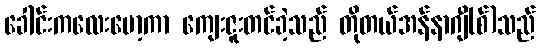
ခေါင်းကလေးမော့ကာ ကျေးဇူးတင်ခဲ့သည် တိုတယ်အန်နာဂျီ(စ်)သည်